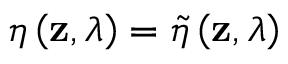
\eta \left( \mathbf { z } , \lambda \right) = \widetilde { \eta } \left( \mathbf { z } , \lambda \right)